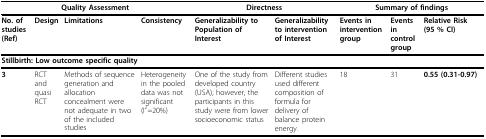
<table><thead><tr><td colspan="4"><b>Quality Assessment</b></td><td colspan="2"><b>Directness</b></td><td colspan="3"><b>Summary of findings</b></td></tr></thead><tbody><tr><td><b>No. of studies (Ref)</b></td><td><b>Design</b></td><td><b>Limitations</b></td><td><b>Consistency</b></td><td><b>Generalizability to Population of Interest</b></td><td><b>Generalizability to intervention of Interest</b></td><td><b>Events in intervention group</b></td><td><b>Events in control group</b></td><td><b>Relative Risk ( 95 % CI)</b></td></tr><tr><td colspan="9"><b>Stillbirth: Low outcome specific quality</b></td></tr><tr><td><b>3</b></td><td>RCT and quasi RCT</td><td>Methods of sequence generation and allocation concealment were not adequate in two of the included studies</td><td>Heterogeneity in the pooled data was not significant (I<sup>2</sup>=20%)</td><td>One of the study from developed country (USA); however, the participants in this study were from lower socioeconomic status</td><td>Different studies used different composition of formula for delivery of balance protein energy.</td><td>18</td><td>31</td><td><b>0.55 (0.31-0.97)</b></td></tr></tbody></table>